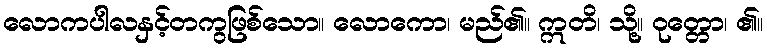
လောကပါလနှင့်တကွဖြစ်သော။ လောကော၊ မည်၏။ ဣတိ၊ သို့။ ဝုတ္တော၊ ၏။